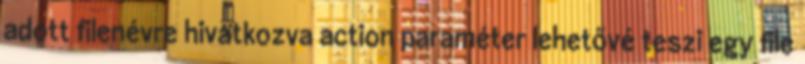
adott filenévre hivatkozva action paraméter lehetővé teszi egy file